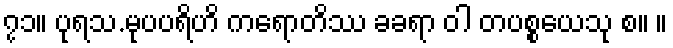
၇၁။ ပုရသ.မုပပရိဟိ ကရောတိဿ ခခရာ ဝါ တပစ္စယေသု စ။ ။